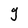
Character: J